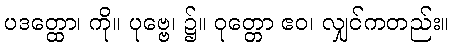
ပဒတ္ထော၊ ကို။ ပုဗ္ဗေ၊ ၌။ ဝုတ္တော ဧဝ၊ လျှင်ကတည်း။